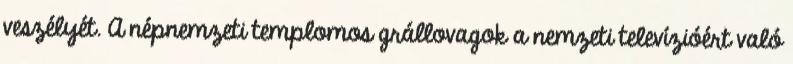
veszélyét. A népnemzeti templomos grállovagok a nemzeti televízióért való